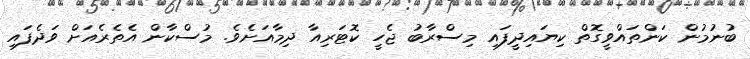
ބުނުމުން ކަންތައްވީގޮތް ކިޔައިދީފައި މިސްރާބު ޖެހީ ކޮޓަރިއާ ދިމާއަށެވެ. މުސްކާން އެތެރެއަށް ވަދެފައި